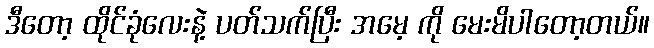
ဒီတော့ ထိုင်ခုံလေးနဲ့ ပတ်သက်ပြီး အမေ့ ကို မေးမိပါတော့တယ်။